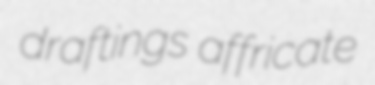
draftings affricate